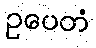
ဥပေတံ